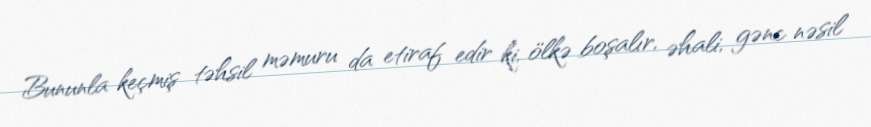
Bununla keçmiş təhsil məmuru da etiraf edir ki, ölkə boşalır, əhali, gənc nəsil